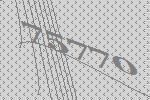
75770